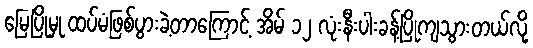
မြေပြိုမှု ထပ်မံဖြစ်ပွားခဲ့တာကြောင့် အိမ် ၁၂ လုံးနီးပါးခန့်ပြိုကျသွားတယ်လို့